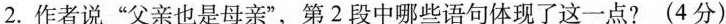
2.作者说”父亲也是母亲”，第2段中哪些语句体现了这一点?(4分)